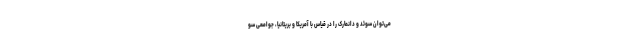
می‌توان سوئد و دانمارک را در قیاس با آمریکا و بریتانیا، جوامعی سو